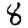
Digit: 8